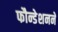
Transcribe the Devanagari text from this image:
फौन्डेशनने